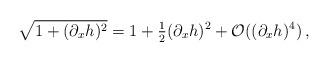
LaTeX: \begin{align*} \sqrt {1 + (\partial_x h)^2} = 1 + \tfrac{1}{2}(\partial_x h)^2 +\mathcal{O} ((\partial_x h)^4)\,,\end{align*}